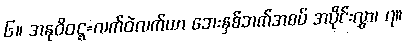
၆။ အနုဝိဝဋ္ဋ=လက်ဝဲလက်ယာ ဘေးနှစ်ဘက်အစပ် အပိုင်းလွှာ၊ ၇။